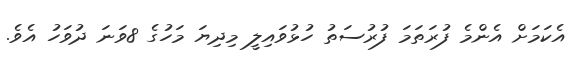
އެކަމަށް އެންމެ ފުރަތަމަ ފުރުސަތު ހުޅުވައިލީ މިދިޔަ މަހުގެ 8ވަނަ ދުވަހު އެވެ.